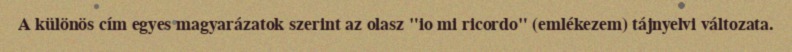
A különös cím egyes magyarázatok szerint az olasz "io mi ricordo" (emlékezem) tájnyelvi változata.